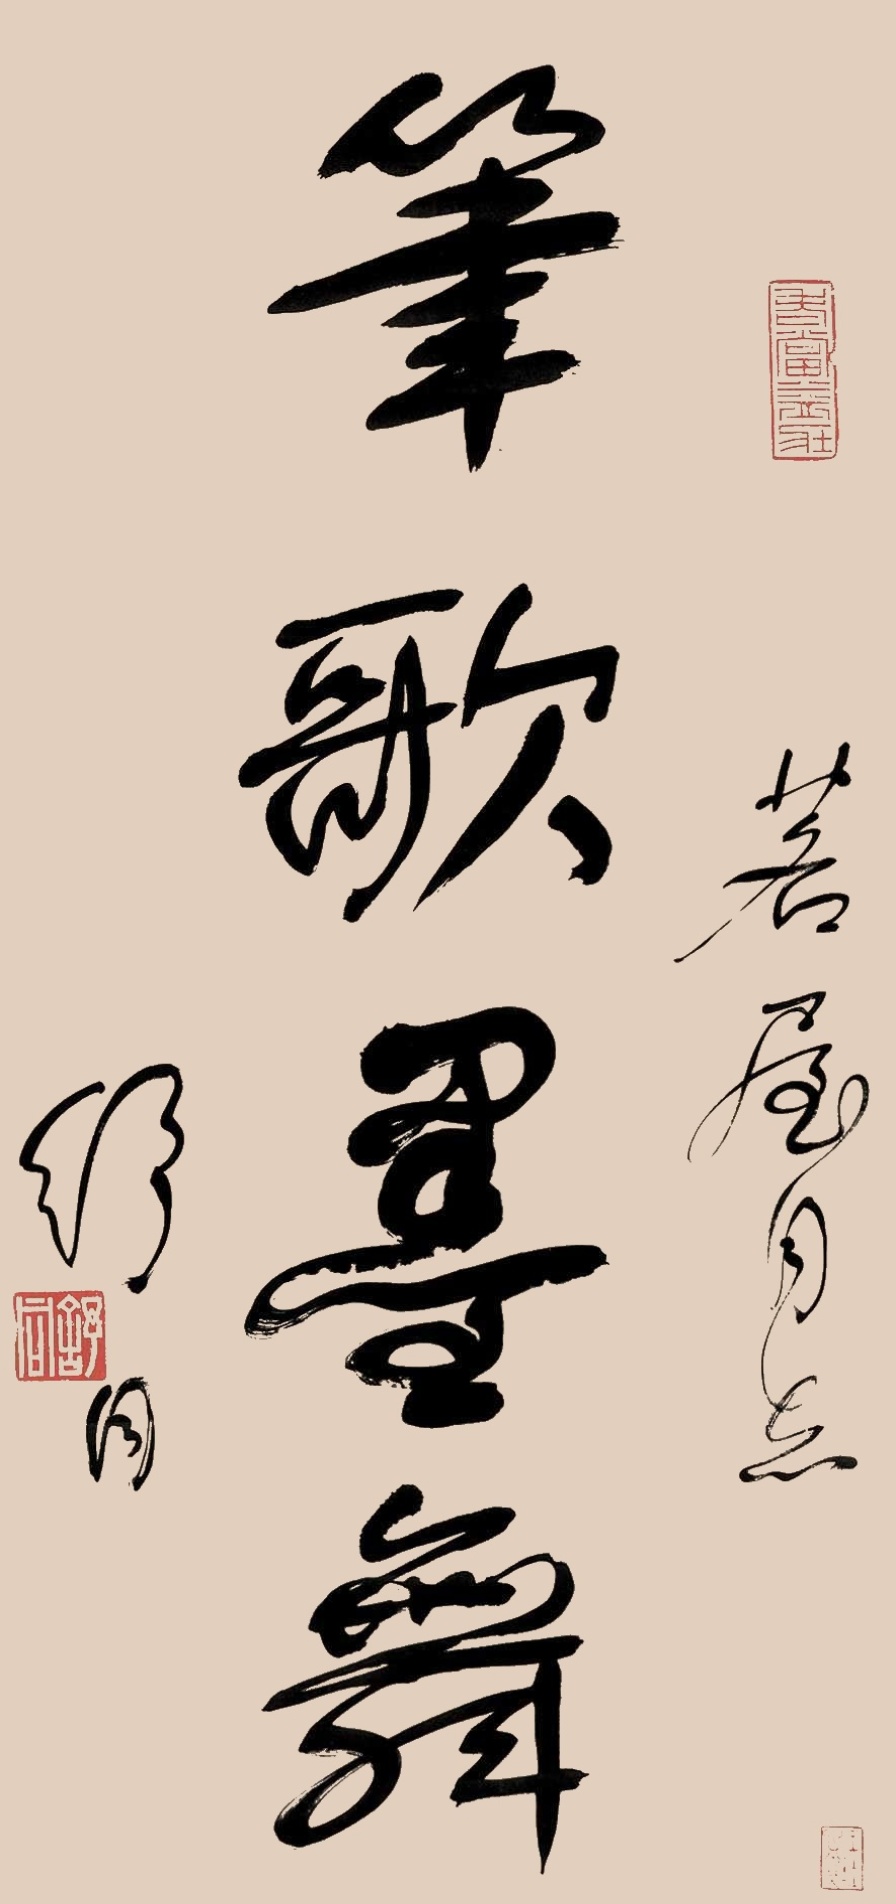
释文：笔歌墨舞。茗屋同志，舒同。